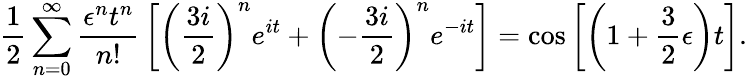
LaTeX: {\frac{1}{2}}\sum_{n=0}^{\infty}{\frac{\epsilon^{n}t^{n}}{n!}}\left[\left({\frac{3i}{2}}\right)^{n}e^{it}+\left(-{\frac{3i}{2}}\right)^{n}e^{-it}\right]=\cos\left[\left(1+{\frac{3}{2}}\epsilon\right)t\right].